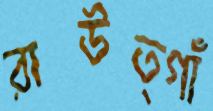
রাউত্গাঁ